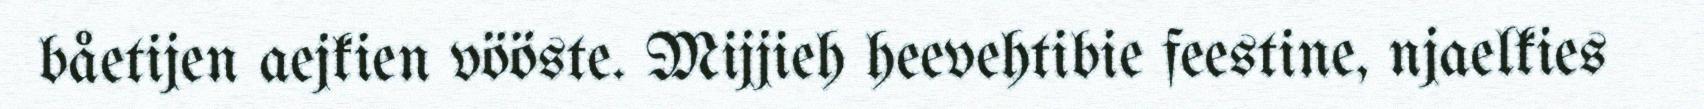
båetijen aejkien vööste. Mijjieh heevehtibie feestine, njaelkies